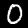
Label: 0